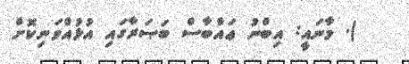
). މާނައީ: އިބްނު ޢައްބާސް ބަޞަރާގައި އުޅުއްވަނިކޮށް